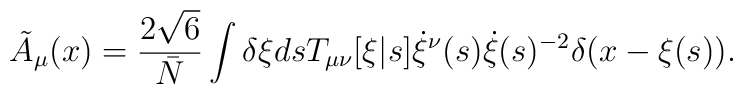
{\tilde A}_\mu(x) = \frac{2 \sqrt{6}}{\bar{N}} \int \delta \xi ds   T_{\mu\nu}[\xi|s] \dot{\xi}^\nu(s) \dot{\xi}(s)^{-2} \delta(x-\xi(s)).